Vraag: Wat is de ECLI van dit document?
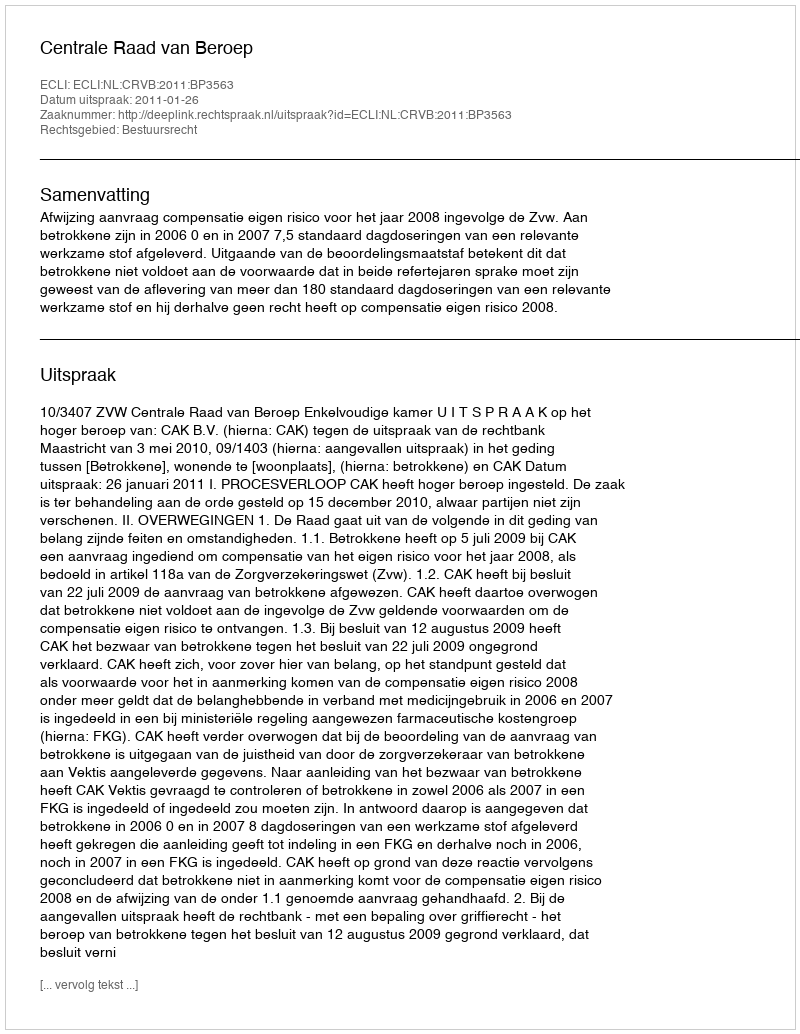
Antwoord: ECLI:NL:CRVB:2011:BP3563